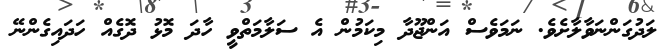
ލަދުގަންނަވާލާށެވެ. ނަމަވެސް އަންޖޫދާ މިކަމުން އެ ސަލާމަތްވީ ހާދަ މޮޅު ދޮގެއް ހަދައިގެންނޭ